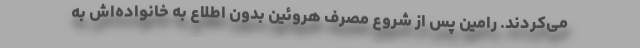
می‌کردند. رامین پس از شروع مصرف هروئین بدون اطلاع به خانواده‌اش به